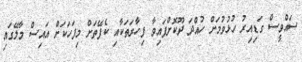
ސައްވީސް ގަޑިއިރު ހުޅުވުމަށް ހުއްދަ ދޫކޮށްފައިވާ ފިހާރަތަކާއި ކެފޭތަށް މިފަހަކަށް އައިސް މާލޭގައި